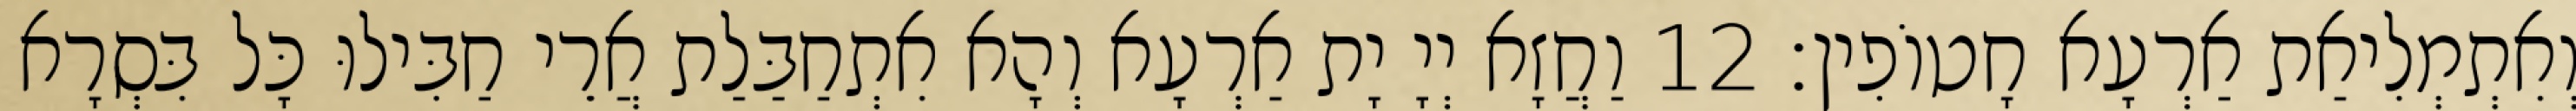
וְאִתְמְלִיאַת אַרְעָא חָטוֹפִין׃ 12 וַחֲזָא יְיָ יָת אַרְעָא וְהָא אִתְחַבַּלַת אֲרֵי חַבִּילוּ כָּל בִּסְרָא